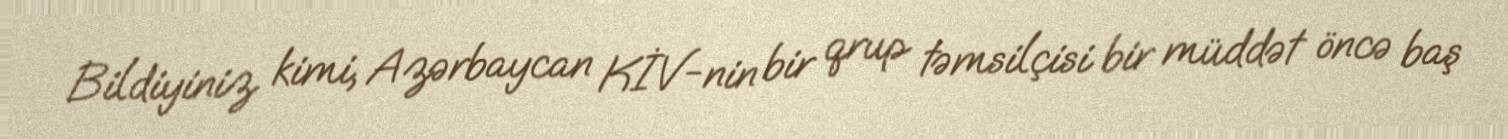
Bildiyiniz kimi, Azərbaycan KİV-nin bir qrup təmsilçisi bir müddət öncə baş